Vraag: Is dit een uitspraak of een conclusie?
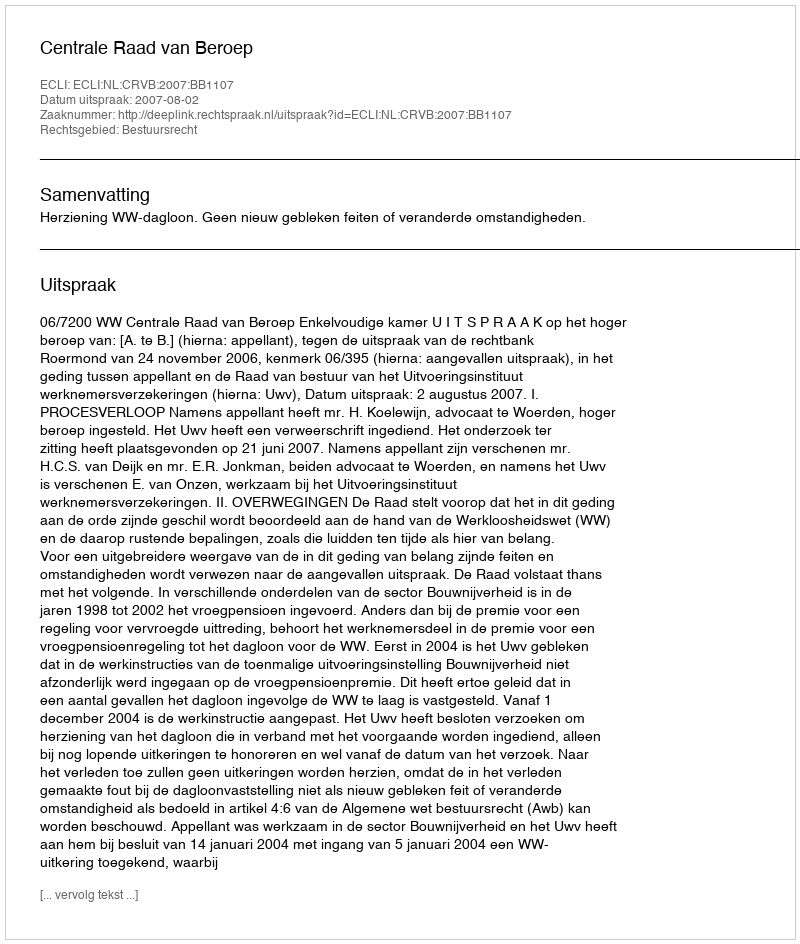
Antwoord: Uitspraak